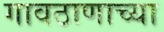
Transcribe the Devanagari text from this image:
गावठाणाच्या